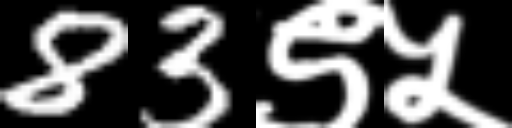
Text: 83९५